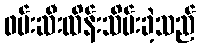
ဖမ်းဆီးထိန်းသိမ်းခဲ့သည်